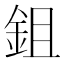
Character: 鉏